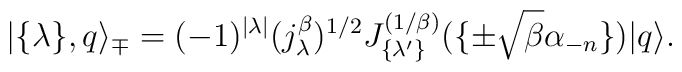
| \{ \lambda \}, q \rangle_{\mp} =(-1)^{|\lambda|}(j_{\lambda}^{\beta})^{1/2}J_{\{ \lambda' \} }^{(1/\beta)}(\{ \pm  \sqrt{\beta} \alpha_{-n}  \} )|q \rangle.